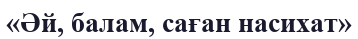
«Әй, балам, саған насихат»